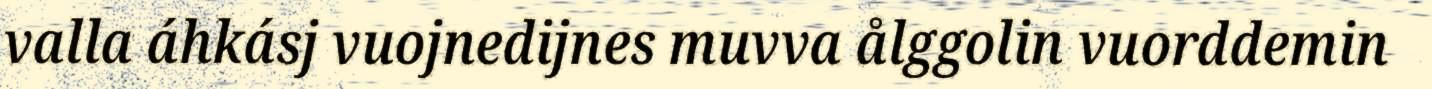
valla áhkásj vuojnedijnes muvva ålggolin vuorddemin